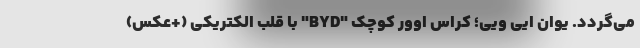
می‌گردد. یوان ایی ویی؛ کراس اوور کوچک "BYD" با قلب الکتریکی (+عکس)